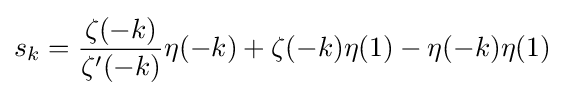
s_{k}={\frac {\zeta (-k)}{\zeta '(-k)}}\eta (-k)+\zeta (-k)\eta (1)-\eta (-k)\eta (1)